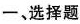
一、选择题